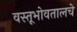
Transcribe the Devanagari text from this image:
वस्तूभोवतालचे